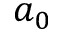
a _ { 0 }